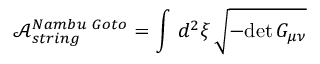
\mathcal { A } _ { s t r i n g } ^ { N a m b u \, \, G o t o } = \int \, d ^ { 2 } \xi \, \sqrt { - \mathrm { d e t } \, G _ { \mu \nu } }